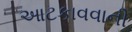
આટકાવવાની